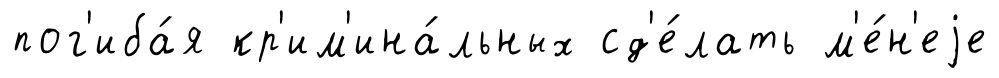
пог'иба́я кр'им'ина́льных сд'е́лать м'е́н'еjе